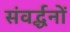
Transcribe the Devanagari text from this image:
संवर्द्धनों